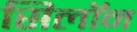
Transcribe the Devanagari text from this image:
सिलॉन